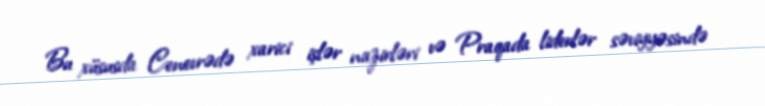
Bu xüsusda Cenevrədə xarici işlər nazirləri və Praqada liderlər səviyyəsində